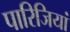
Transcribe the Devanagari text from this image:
पारिजियां